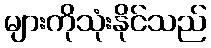
များကိုသုံးနိုင်သည်